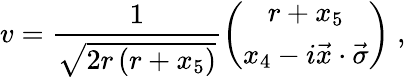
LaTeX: v=\frac{1}{\sqrt{2r\left(r+x_{5}\right)}}\left(\begin{array}{c}{{r+x_{5}}}\\ {{x_{4}-i\vec{x}\cdot\vec{\sigma}}}\end{array}\right)\; ,